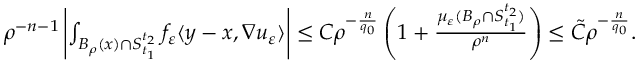
\begin{array} { r } { \rho ^ { - n - 1 } \left| \int _ { B _ { \rho } ( x ) \cap S _ { t _ { 1 } } ^ { t _ { 2 } } } f _ { \varepsilon } \langle y - x , \nabla u _ { \varepsilon } \rangle \right| \leq C \rho ^ { - \frac { n } { q _ { 0 } } } \left( 1 + \frac { \mu _ { \varepsilon } ( B _ { \rho } \cap S _ { t _ { 1 } } ^ { t _ { 2 } } ) } { \rho ^ { n } } \right) \leq \tilde { C } \rho ^ { - \frac { n } { q _ { 0 } } } . } \end{array}